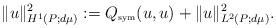
LaTeX: \begin{align*}\|u\|^2_{H^1(P;d\mu)} := Q_{\hbox{\tiny{sym}}} (u, u) + \|u\|^2_{L^2(P;d\mu)}.\end{align*}